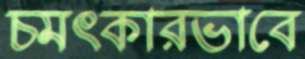
চমৎকারভাবে